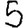
Digit: 5